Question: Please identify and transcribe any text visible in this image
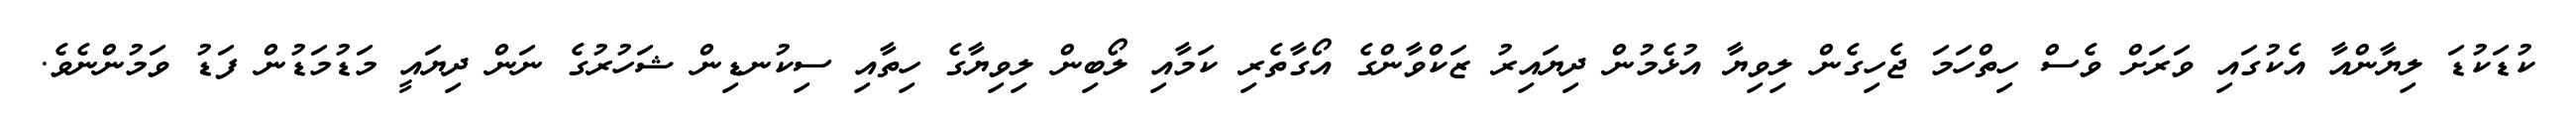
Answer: ކުޑަކުޑަ ލިޔާންއާ އެކުގައި ވަރަށް ވެސް ހިތްހަމަ ޖެހިގެން ލިވިޔާ އުޅެމުން ދިޔައިރު ޒަކްވާންގެ އޯގާތެރި ކަމާއި ލޯބިން ލިވިޔާގެ ހިތާއި ސިކުނޑިން ޝަހުރުގެ ނަން ދިޔައީ މަޑުމަޑުން ފަޑު ވަމުންނެވެ.